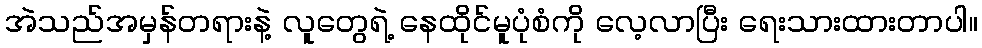
အဲသည်အမှန်တရားနဲ့ လူတွေရဲ့ နေထိုင်မူပုံစံကို လေ့လာပြီး ရေးသားထားတာပါ။